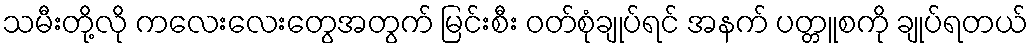
သမီးတို့လို ကလေးလေးတွေအတွက် မြင်းစီး ဝတ်စုံချုပ်ရင် အနက် ပတ္တူစကို ချုပ်ရတယ်